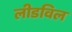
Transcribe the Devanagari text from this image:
लीडविल